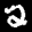
Label: 2